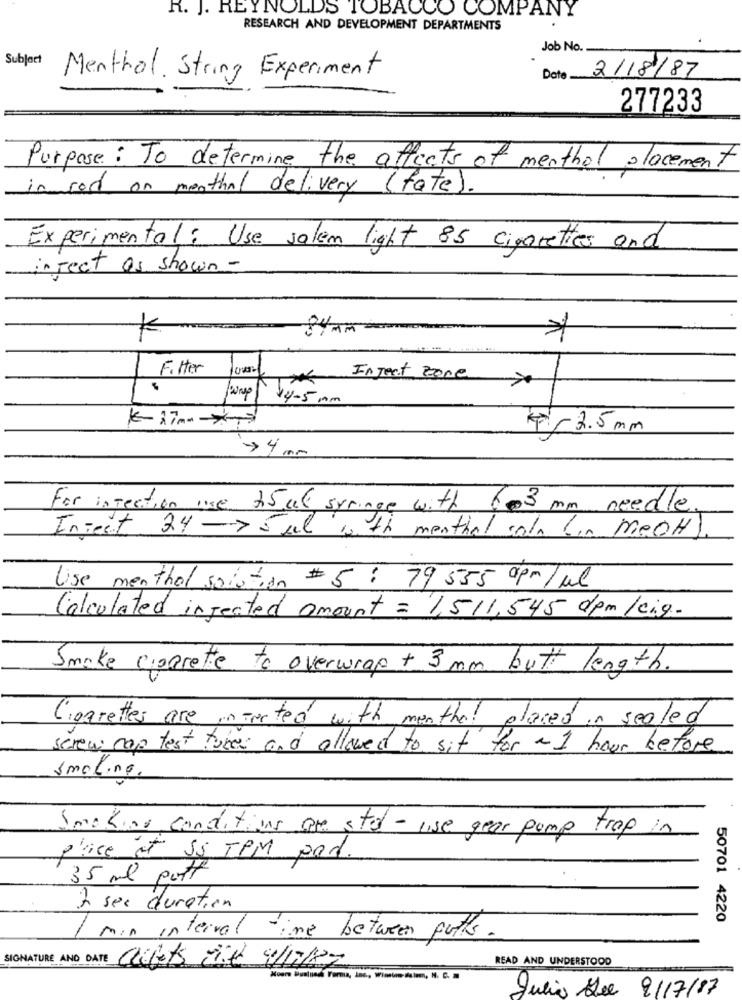
R. J. REYNOLDS TOBACCO COMPANY
RESEARCH AND DEVELOPMENT DEPARTMENTS
.
Job No.
Subject
Menthol. String Experiment
Date
2/18/87
277233
Purpose: To determine the affects of menthol placement
in for on menthal delivery (fate).
Experimental: Use salem light 85 cigarettes and
inject as shown-
Filter
Inject zone >
wap\ $4-5mm
$ 2.5 mm
>4 mm
For injection ise 25 al syringe with 603 mm needle
Inject 24-> 5 ml 10 th menthal cola (in meOH)
Uise menthol spiration #5: 79 555 apr /ml
Calculated injected amount = 1,511,545 dpm /eig.
Smoke cioprette to overwrap + 3 mm butt length.
Cigarettes are infected with menthol placed in sealed
screw cap test tubes and allowed to sit for ~1 hour before
smoline.
making conditions are stel -use gear pump trop in
place at SS TPM pod.
35 ml poff
2 sec duration
50701 4220
1 min interval time between puts.
SIGNATURE AND DATE Octets Vit 9/1/82
READ AND UNDERSTOOD
Julia See 9/17/87